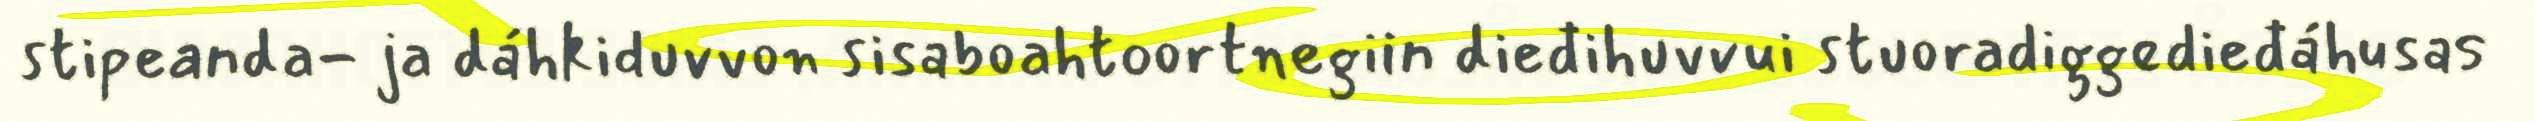
stipeanda- ja dáhkiduvvon sisaboahtoortnegiin dieđihuvvui stuoradiggedieđáhusas